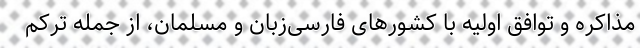
مذاکره و توافق اولیه با کشورهای فارسی‌زبان و مسلمان، از جمله ترکم